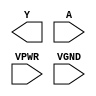
module sky130_fd_sc_hs__inv (
    Y   ,
    A   ,
    VPWR,
    VGND
);

    output Y   ;
    input  A   ;
    input  VPWR;
    input  VGND;
endmodule